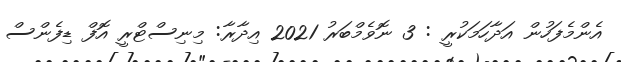
އެންމެފަހުން އަދާހަމަކުރީ : 3 ނޮވެމްބަރު 2021 އިދާރާ: މިނިސްޓްރީ އޮފް ޑިފެންސް